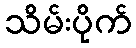
သိမ်းပိုက်